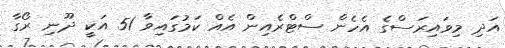
އަދި މިވައިރަސްގެ އެހެން ސްޓްރެއިން އެއް ކަމުގައިވާ 51 އަކީ ދޫނި ރޯގާ